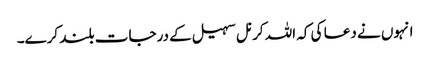
انہوں نے دعا کی کہ اللہ کرنل سہیل کے درجات بلند کرے۔